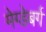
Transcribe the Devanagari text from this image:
मेग्डेबर्ग